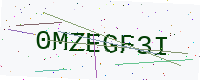
Text: 0MZEGF3I